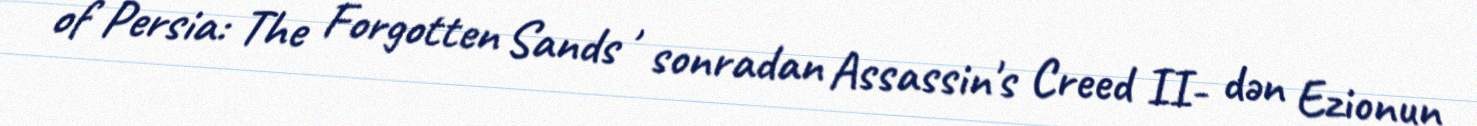
of Persia: The Forgotten Sands , sonradan Assassin's Creed II- dən Ezionun